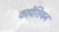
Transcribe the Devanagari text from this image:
कार्पेशियन